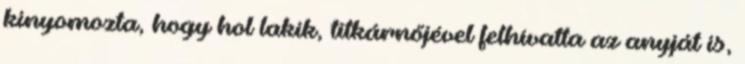
kinyomozta, hogy hol lakik, titkárnőjével felhívatta az anyját is,